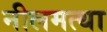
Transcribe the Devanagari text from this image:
नीलमत्था